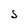
Character: S